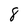
Character: 8